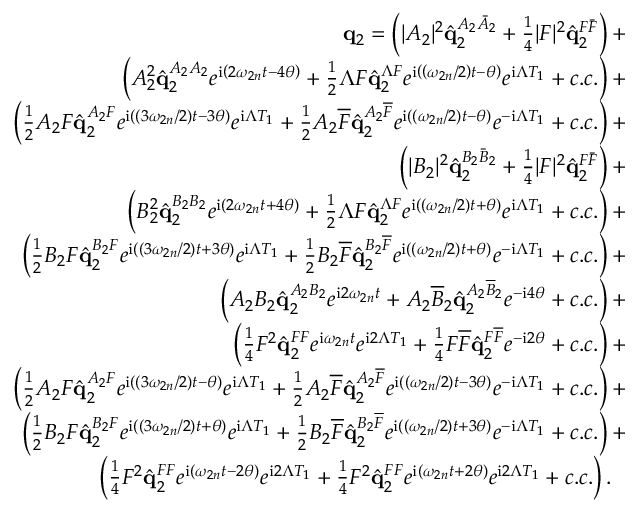
\begin{array} { r } { \mathbf { q } _ { 2 } = \left( | A _ { 2 } | ^ { 2 } \hat { \mathbf { q } } _ { 2 } ^ { A _ { 2 } \bar { A } _ { 2 } } + \frac { 1 } { 4 } | F | ^ { 2 } \hat { \mathbf { q } } _ { 2 } ^ { F \bar { F } } \right) + \ } \\ { \left( A _ { 2 } ^ { 2 } \hat { \mathbf { q } } _ { 2 } ^ { A _ { 2 } A _ { 2 } } e ^ { \mathrm { i } \left( 2 \omega _ { 2 n } t - 4 \theta \right) } + \frac { 1 } { 2 } \Lambda F \hat { \mathbf { q } } _ { 2 } ^ { \Lambda F } e ^ { \mathrm { i } \left( \left( \omega _ { 2 n } / 2 \right) t - \theta \right) } e ^ { \mathrm { i } \Lambda T _ { 1 } } + c . c . \right) + \ } \\ { \left( \frac { 1 } { 2 } A _ { 2 } F \hat { \mathbf { q } } _ { 2 } ^ { A _ { 2 } F } e ^ { \mathrm { i } \left( \left( 3 \omega _ { 2 n } / 2 \right) t - 3 \theta \right) } e ^ { \mathrm { i } \Lambda T _ { 1 } } + \frac { 1 } { 2 } A _ { 2 } \overline { { F } } \hat { \mathbf { q } } _ { 2 } ^ { A _ { 2 } \overline { { F } } } e ^ { \mathrm { i } \left( \left( \omega _ { 2 n } / 2 \right) t - \theta \right) } e ^ { - \mathrm { i } \Lambda T _ { 1 } } + c . c . \right) + \ } \\ { \left( | B _ { 2 } | ^ { 2 } \hat { \mathbf { q } } _ { 2 } ^ { B _ { 2 } \bar { B } _ { 2 } } + \frac { 1 } { 4 } | F | ^ { 2 } \hat { \mathbf { q } } _ { 2 } ^ { F \bar { F } } \right) + \ } \\ { \left( B _ { 2 } ^ { 2 } \hat { \mathbf { q } } _ { 2 } ^ { B _ { 2 } B _ { 2 } } e ^ { \mathrm { i } \left( 2 \omega _ { 2 n } t + 4 \theta \right) } + \frac { 1 } { 2 } \Lambda F \hat { \mathbf { q } } _ { 2 } ^ { \Lambda F } e ^ { \mathrm { i } \left( \left( \omega _ { 2 n } / 2 \right) t + \theta \right) } e ^ { \mathrm { i } \Lambda T _ { 1 } } + c . c . \right) + \ } \\ { \left( \frac { 1 } { 2 } B _ { 2 } F \hat { \mathbf { q } } _ { 2 } ^ { B _ { 2 } F } e ^ { \mathrm { i } \left( \left( 3 \omega _ { 2 n } / 2 \right) t + 3 \theta \right) } e ^ { \mathrm { i } \Lambda T _ { 1 } } + \frac { 1 } { 2 } B _ { 2 } \overline { { F } } \hat { \mathbf { q } } _ { 2 } ^ { B _ { 2 } \overline { { F } } } e ^ { \mathrm { i } \left( \left( \omega _ { 2 n } / 2 \right) t + \theta \right) } e ^ { - \mathrm { i } \Lambda T _ { 1 } } + c . c . \right) + \ } \\ { \left( A _ { 2 } B _ { 2 } \hat { \mathbf { q } } _ { 2 } ^ { A _ { 2 } B _ { 2 } } e ^ { \mathrm { i } 2 \omega _ { 2 n } t } + A _ { 2 } \overline { { B } } _ { 2 } \hat { \mathbf { q } } _ { 2 } ^ { A _ { 2 } \overline { { B } } _ { 2 } } e ^ { - \mathrm { i } 4 \theta } + c . c . \right) + \ } \\ { \left( \frac { 1 } { 4 } F ^ { 2 } \hat { \mathbf { q } } _ { 2 } ^ { F F } e ^ { \mathrm { i } \omega _ { 2 n } t } e ^ { \mathrm { i } 2 \Lambda T _ { 1 } } + \frac { 1 } { 4 } F \overline { { F } } \hat { \mathbf { q } } _ { 2 } ^ { F \overline { { F } } } e ^ { - \mathrm { i } 2 \theta } + c . c . \right) + \ } \\ { \left( \frac { 1 } { 2 } A _ { 2 } F \hat { \mathbf { q } } _ { 2 } ^ { A _ { 2 } F } e ^ { \mathrm { i } \left( \left( 3 \omega _ { 2 n } / 2 \right) t - \theta \right) } e ^ { \mathrm { i } \Lambda T _ { 1 } } + \frac { 1 } { 2 } A _ { 2 } \overline { { F } } \hat { \mathbf { q } } _ { 2 } ^ { A _ { 2 } \overline { { F } } } e ^ { \mathrm { i } \left( \left( \omega _ { 2 n } / 2 \right) t - 3 \theta \right) } e ^ { - \mathrm { i } \Lambda T _ { 1 } } + c . c . \right) + \ } \\ { \left( \frac { 1 } { 2 } B _ { 2 } F \hat { \mathbf { q } } _ { 2 } ^ { B _ { 2 } F } e ^ { \mathrm { i } \left( \left( 3 \omega _ { 2 n } / 2 \right) t + \theta \right) } e ^ { \mathrm { i } \Lambda T _ { 1 } } + \frac { 1 } { 2 } B _ { 2 } \overline { { F } } \hat { \mathbf { q } } _ { 2 } ^ { B _ { 2 } \overline { { F } } } e ^ { \mathrm { i } \left( \left( \omega _ { 2 n } / 2 \right) t + 3 \theta \right) } e ^ { - \mathrm { i } \Lambda T _ { 1 } } + c . c . \right) + \ } \\ { \left( \frac { 1 } { 4 } F ^ { 2 } \hat { \mathbf { q } } _ { 2 } ^ { F F } e ^ { \mathrm { i } \left( \omega _ { 2 n } t - 2 \theta \right) } e ^ { \mathrm { i } 2 \Lambda T _ { 1 } } + \frac { 1 } { 4 } F ^ { 2 } \hat { \mathbf { q } } _ { 2 } ^ { F F } e ^ { \mathrm { i } \left( \omega _ { 2 n } t + 2 \theta \right) } e ^ { \mathrm { i } 2 \Lambda T _ { 1 } } + c . c . \right) . \ \ \ } \end{array}